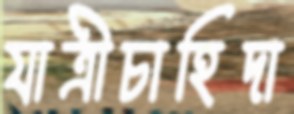
যাত্রীচাহিদা